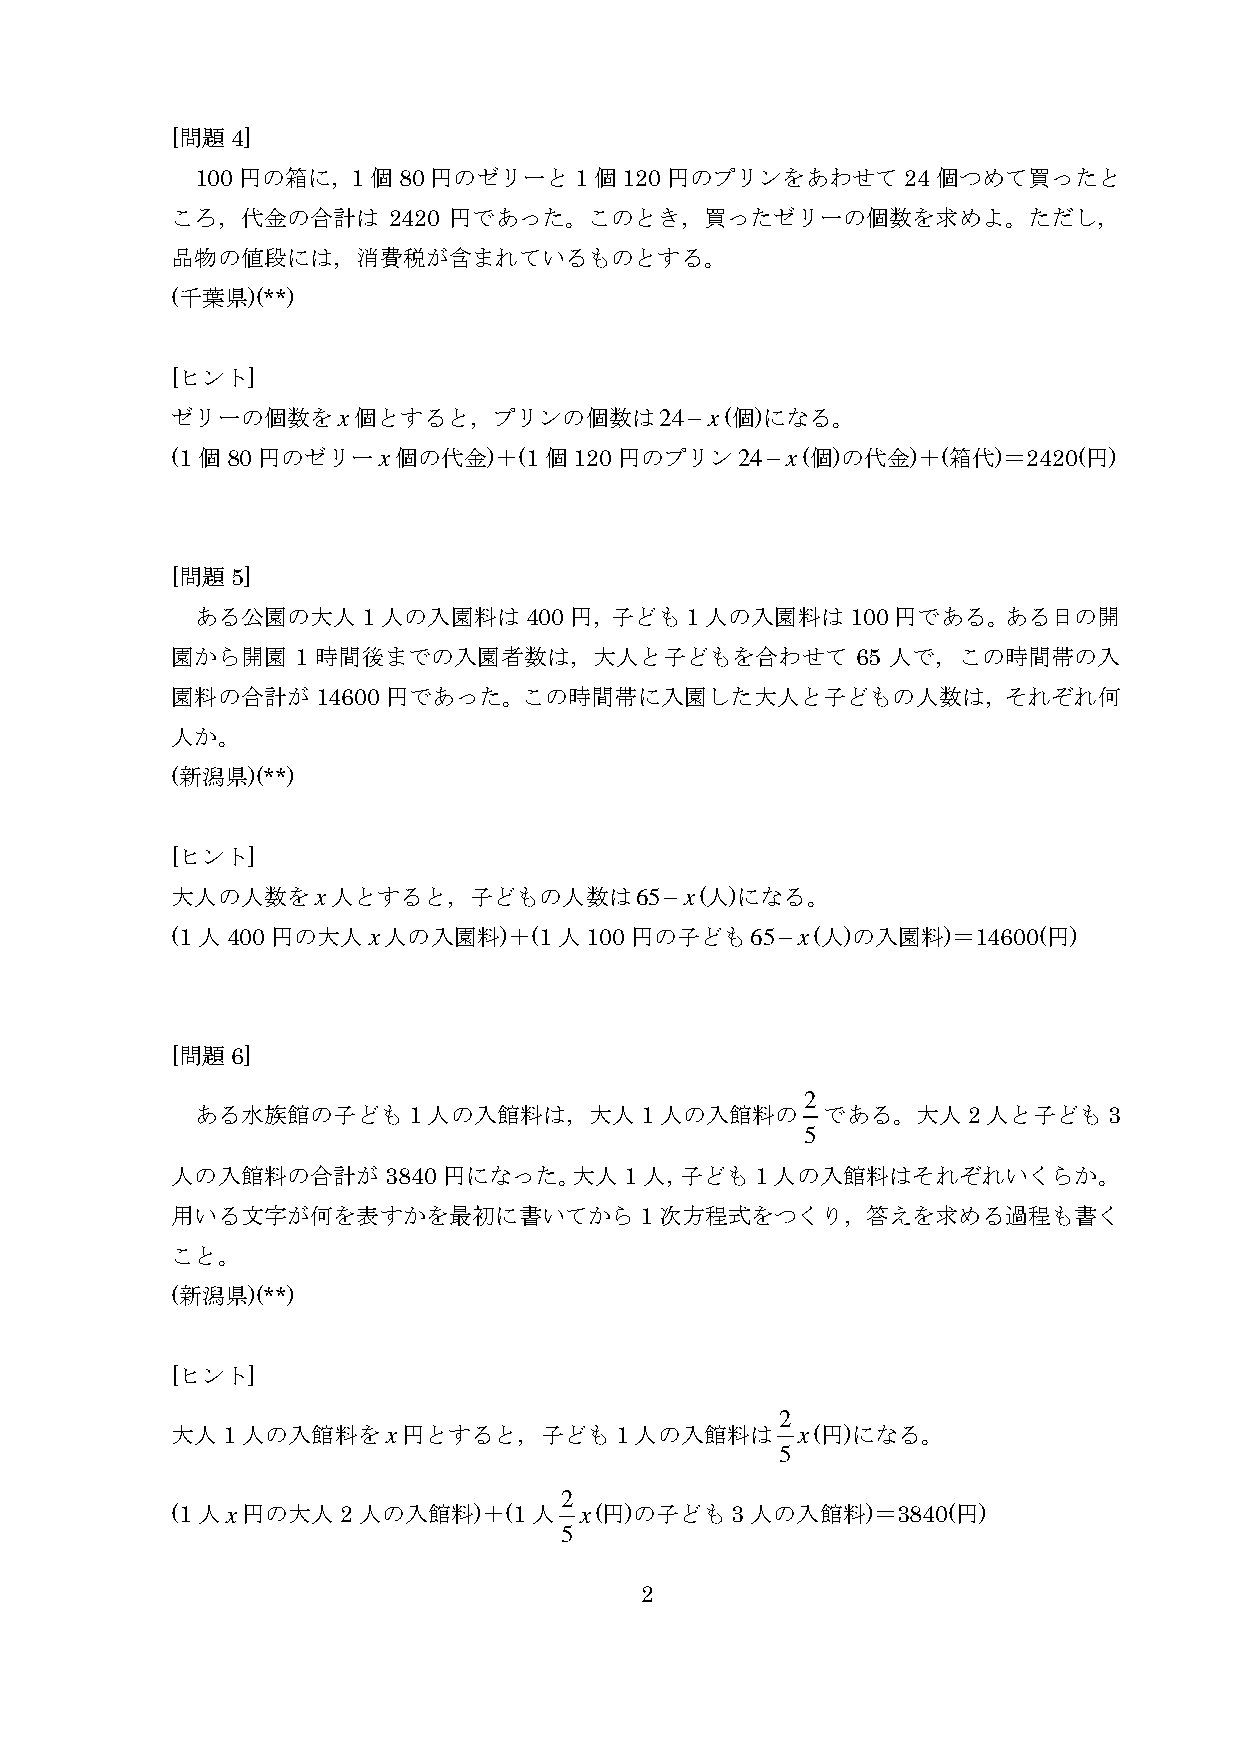
[問題4]
 100円の箱に，1個80円のゼリーと1個120円のプリンをあわせて24個つめて買ったと
 ころ，代金の合計は      2420 円であった。このとき，買ったゼリーの個数を求めよ。ただし，
 品物の値段には，消費税が含まれているものとする。
 (千葉県)(**)
 [ヒント]
 ゼリーの個数をx個とすると，プリンの個数は24−x(個)になる。
 (1個80円のゼリーx個の代金)＋(1個120円のプリン24−x(個)の代金)＋(箱代)＝2420(円)
 [問題5]
 ある公園の大人1人の入園料は400円，子ども1人の入園料は100円である。ある日の開
 園から開園   1 時間後までの入園者数は，大人と子どもを合わせて             65 人で，この時間帯の入
 園料の合計が14600円であった。この時間帯に入園した大人と子どもの人数は，それぞれ何
 人か。
 (新潟県)(**)
 [ヒント]
 大人の人数をx人とすると，子どもの人数は65−x(人)になる。
 (1人400円の大人x人の入園料)＋(1人100円の子ども65−x(人)の入園料)＝14600(円)
 [問題6]
 2
 ある水族館の子ども1人の入館料は，大人1人の入館料の               である。大人2人と子ども3
 5
 人の入館料の合計が3840円になった。大人1人，子ども1人の入館料はそれぞれいくらか。
 用いる文字が何を表すかを最初に書いてから1次方程式をつくり，答えを求める過程も書く
 こと。
 (新潟県)(**)
 [ヒント]
 2
 大人1人の入館料をx円とすると，子ども1人の入館料は                x(円)になる。
 5
 2
 (1人x円の大人2人の入館料)＋(1人        x(円)の子ども3人の入館料)＝3840(円)
 5
 2